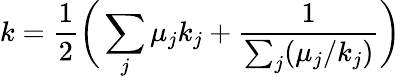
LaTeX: k=\frac{1}{2}\bigg(\sum_{j}\mu_{j}k_{j}+\frac{1}{\sum_{j}(\mu_{j}/k_{j})}\bigg)